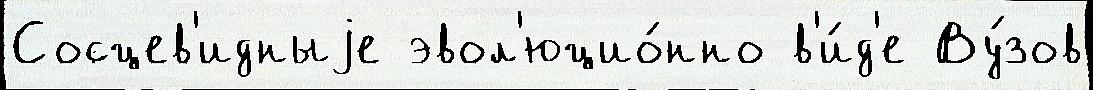
Сосцев'идныjе эвол'юцио́нно в'и́д'е Ву́зов